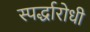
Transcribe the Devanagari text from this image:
स्पर्द्धारोधी